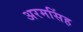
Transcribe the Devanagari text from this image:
अरमसिंह